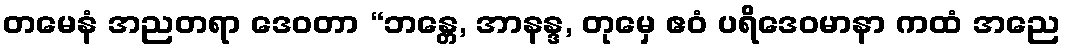
တမေနံ အညတရာ ဒေဝတာ “ဘန္တေ, အာနန္ဒ, တုမှေ ဧဝံ ပရိဒေဝမာနာ ကထံ အညေ